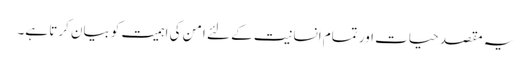
یہ مقصد حیات اور تمام انسانیت کے لئے امن کی اہمیت کو بیان کرتا ہے۔